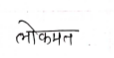
मजकूर: लोकमत